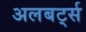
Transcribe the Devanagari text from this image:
अलबर्ट्स